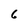
Character: 6